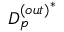
{ D _ { p } ^ { ( o u t ) } } ^ { * }